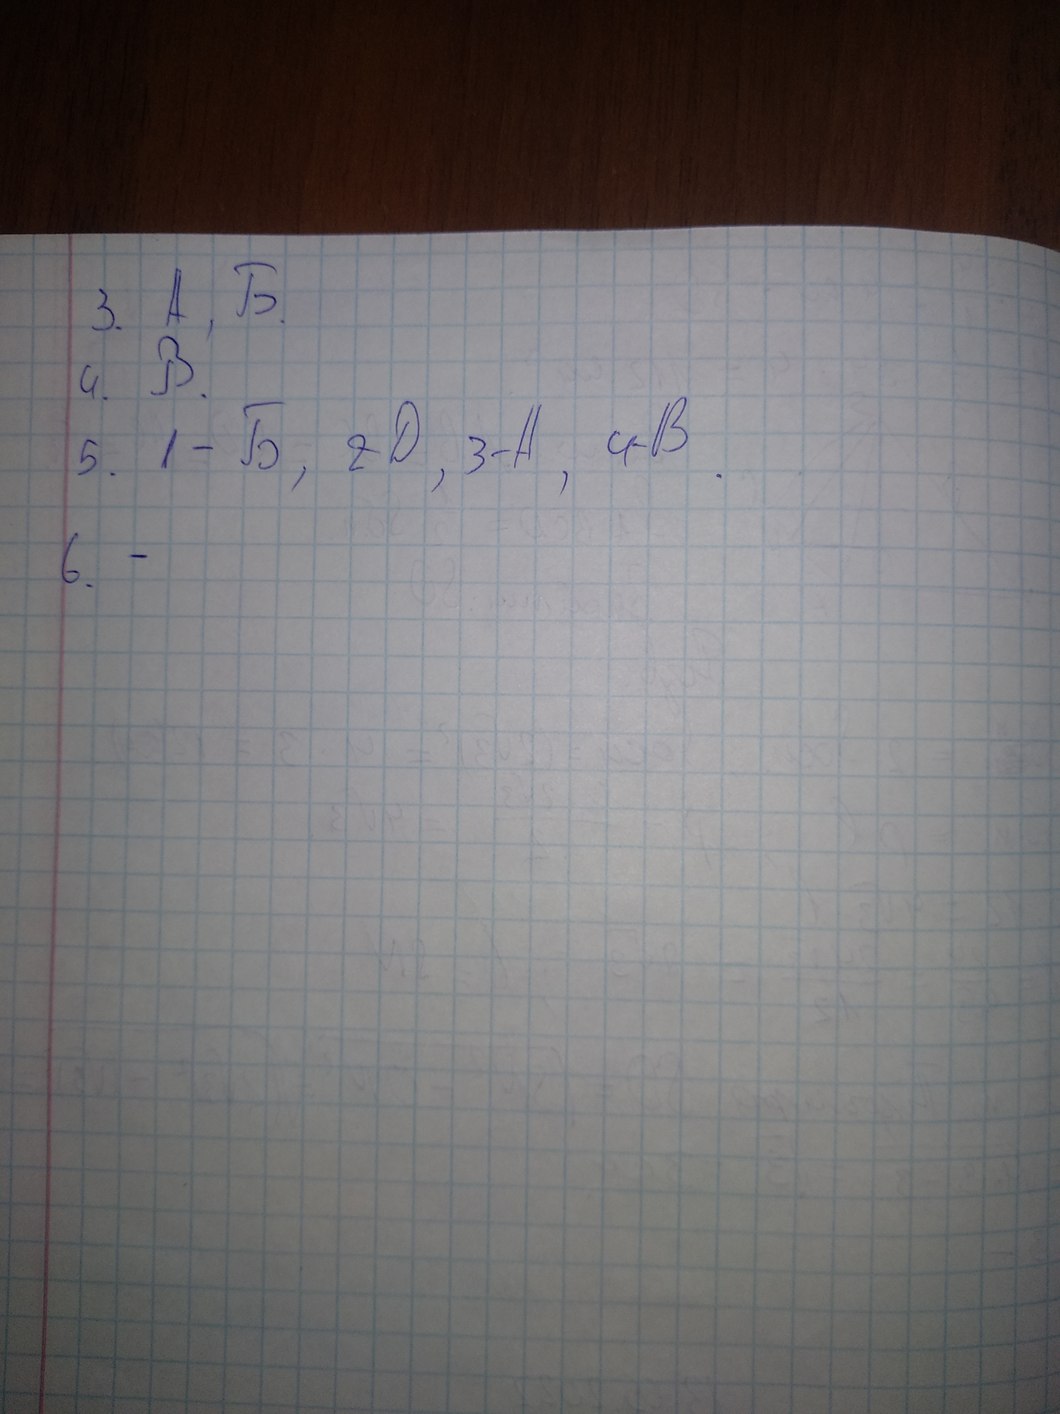
3. A, Б.
4. B.
5. 1-Б, 2-Д, 3-А, 4-В.
6.-